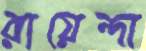
রায়েন্দা